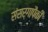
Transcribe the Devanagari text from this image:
संसर्गापैकी